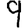
Digit: 9